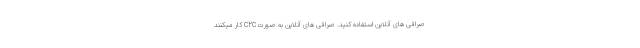
صرافی های آنلاین استفاده کنید. صرافی های آنلاین به صورت C2C کار میکنند